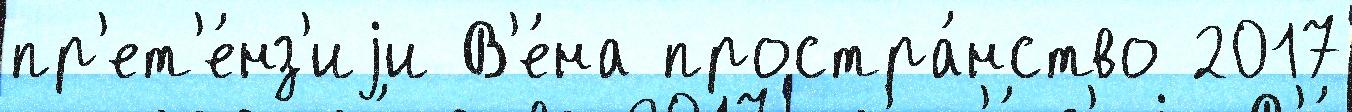
пр'ет'е́нз'иjи В'е́на простра́нство 2017